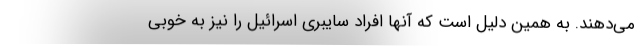
می‌دهند. به همین دلیل است که آنها افراد سایبری اسرائیل را نیز به خوبی